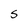
Character: S